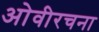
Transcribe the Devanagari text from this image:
ओवीरचना